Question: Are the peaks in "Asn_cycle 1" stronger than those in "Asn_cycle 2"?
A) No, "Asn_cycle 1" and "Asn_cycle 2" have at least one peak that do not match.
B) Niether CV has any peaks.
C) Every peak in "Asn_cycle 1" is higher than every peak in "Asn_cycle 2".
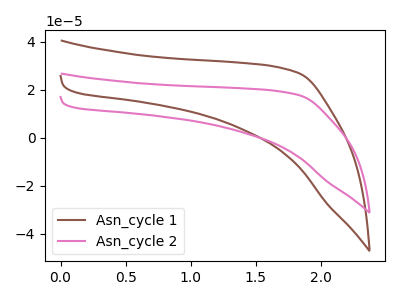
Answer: <think>The brown curve "Asn_cycle 1" has no peaks. The pink curve "Asn_cycle 2" has no peaks.</think>
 <answer>B) Niether CV has any peaks.</answer>
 <eval>B</eval>